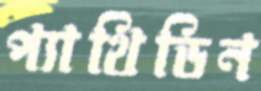
প্যাথিডিন